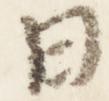
日